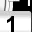
Digit: 1